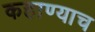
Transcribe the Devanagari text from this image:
कहाण्याच